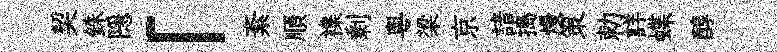
契銖隠「紊順襍剰粵梁京諳搗熳策勅詳蝶醇